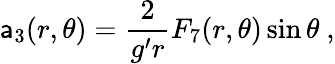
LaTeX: \mathsf{a}_{3}(r,\theta)={\frac{{2}}{{g^{\prime}r}}}F_{7}(r,\theta)\sin\theta\ ,